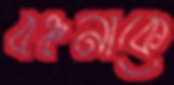
বঞ্চনাকে